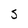
Character: S